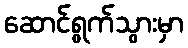
ဆောင်ရွက်သွားမှာ